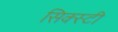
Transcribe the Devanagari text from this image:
सिक्स्टी